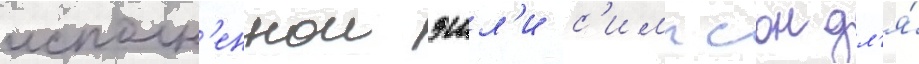
исполн'еннои эшл'и с'импсон дл'я́